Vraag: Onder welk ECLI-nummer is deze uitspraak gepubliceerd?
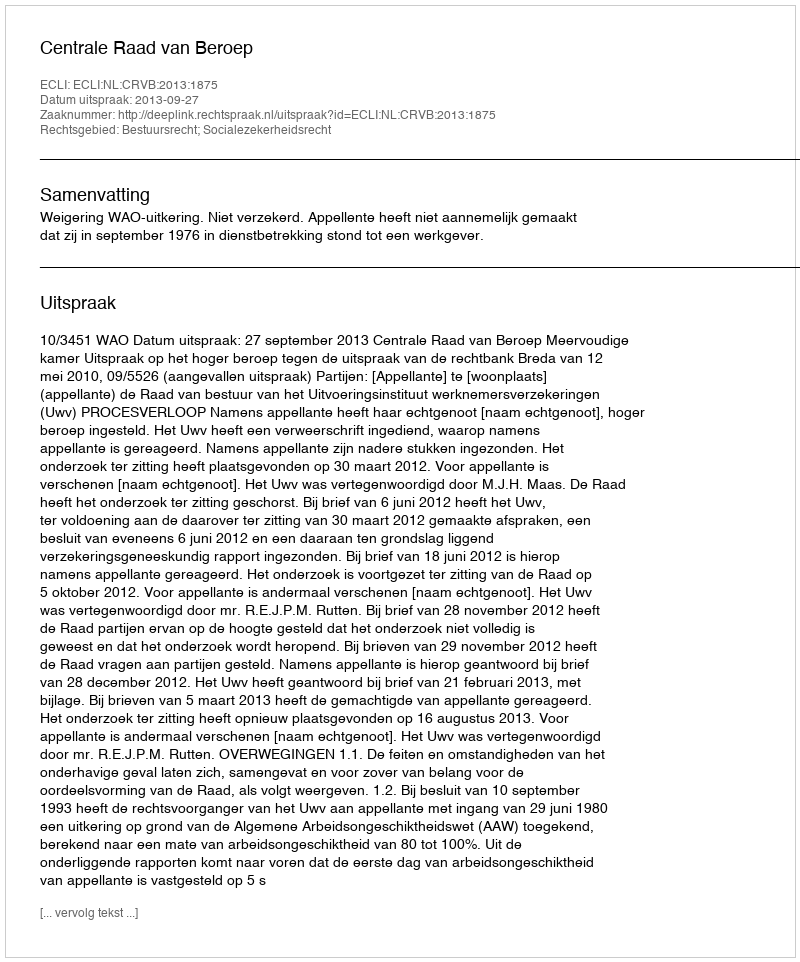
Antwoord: ECLI:NL:CRVB:2013:1875